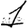
Digit: 1